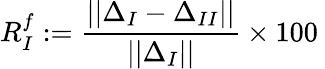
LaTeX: R_{I}^{f}:=\frac{||\Delta_{I}-\Delta_{II}||}{||\Delta_{I}||}\times 100\